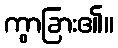
ကွာခြား၏။